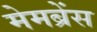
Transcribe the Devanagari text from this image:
मेमब्रेंस